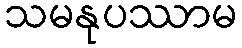
သမနုပဿာမ